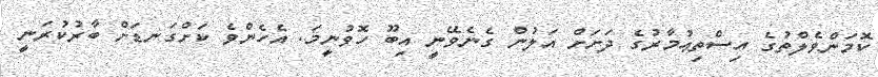
ކޮމަންވެލްތުގެ އިސްތިޢުމާރުގެ ދަށަށް އަލުން ގެނެވޭނީ އިބޫ ހޮވުނީމަ. އެހެންވެ ކަށްގަނޑަށް ބާރުކުރަނީ